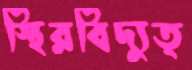
স্থিরবিদ্যুত্